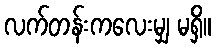
လက်တန်းကလေးမျှ မရှိ။